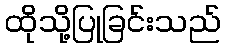
ထိုသို့ပြုခြင်းသည်